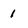
Character: 1